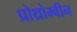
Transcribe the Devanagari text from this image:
प्रोथ्रोम्बीन